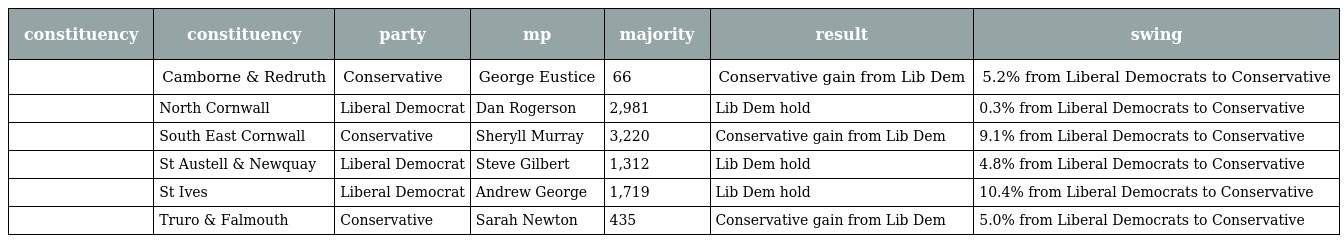
| constituency | constituency | party | mp | majority | result | swing |
 | --- | --- | --- | --- | --- | --- | --- |
 |  | Camborne & Redruth | Conservative | George Eustice | 66 | Conservative gain from Lib Dem | 5.2% from Liberal Democrats to Conservative |
 |  | North Cornwall | Liberal Democrat | Dan Rogerson | 2,981 | Lib Dem hold | 0.3% from Liberal Democrats to Conservative |
 |  | South East Cornwall | Conservative | Sheryll Murray | 3,220 | Conservative gain from Lib Dem | 9.1% from Liberal Democrats to Conservative |
 |  | St Austell & Newquay | Liberal Democrat | Steve Gilbert | 1,312 | Lib Dem hold | 4.8% from Liberal Democrats to Conservative |
 |  | St Ives | Liberal Democrat | Andrew George | 1,719 | Lib Dem hold | 10.4% from Liberal Democrats to Conservative |
 |  | Truro & Falmouth | Conservative | Sarah Newton | 435 | Conservative gain from Lib Dem | 5.0% from Liberal Democrats to Conservative |